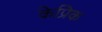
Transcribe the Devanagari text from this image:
केप्रिक